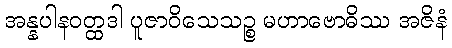
အန္နပါနဝတ္ထဒါ ပူဇာဝိသေသဉ္စ မဟာဗောဓိဿ အဇိနံ